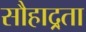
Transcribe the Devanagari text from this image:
सौहाद्र्रता